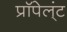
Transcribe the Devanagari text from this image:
प्रॉपेल्ंट